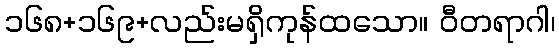
၁၆၈+၁၆၉+လည်းမရှိကုန်ထသော။ ဝီတရာဂါ၊